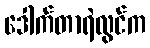
ဒေါက်တာရဲလွင်က